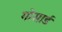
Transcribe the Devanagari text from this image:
गोसार्ड